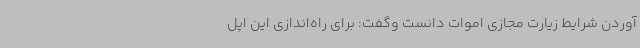
آوردن شرایط زیارت مجازی اموات دانست وگفت: برای راه‌اندازی این اپل